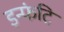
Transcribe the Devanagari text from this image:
इन्फंट्रि